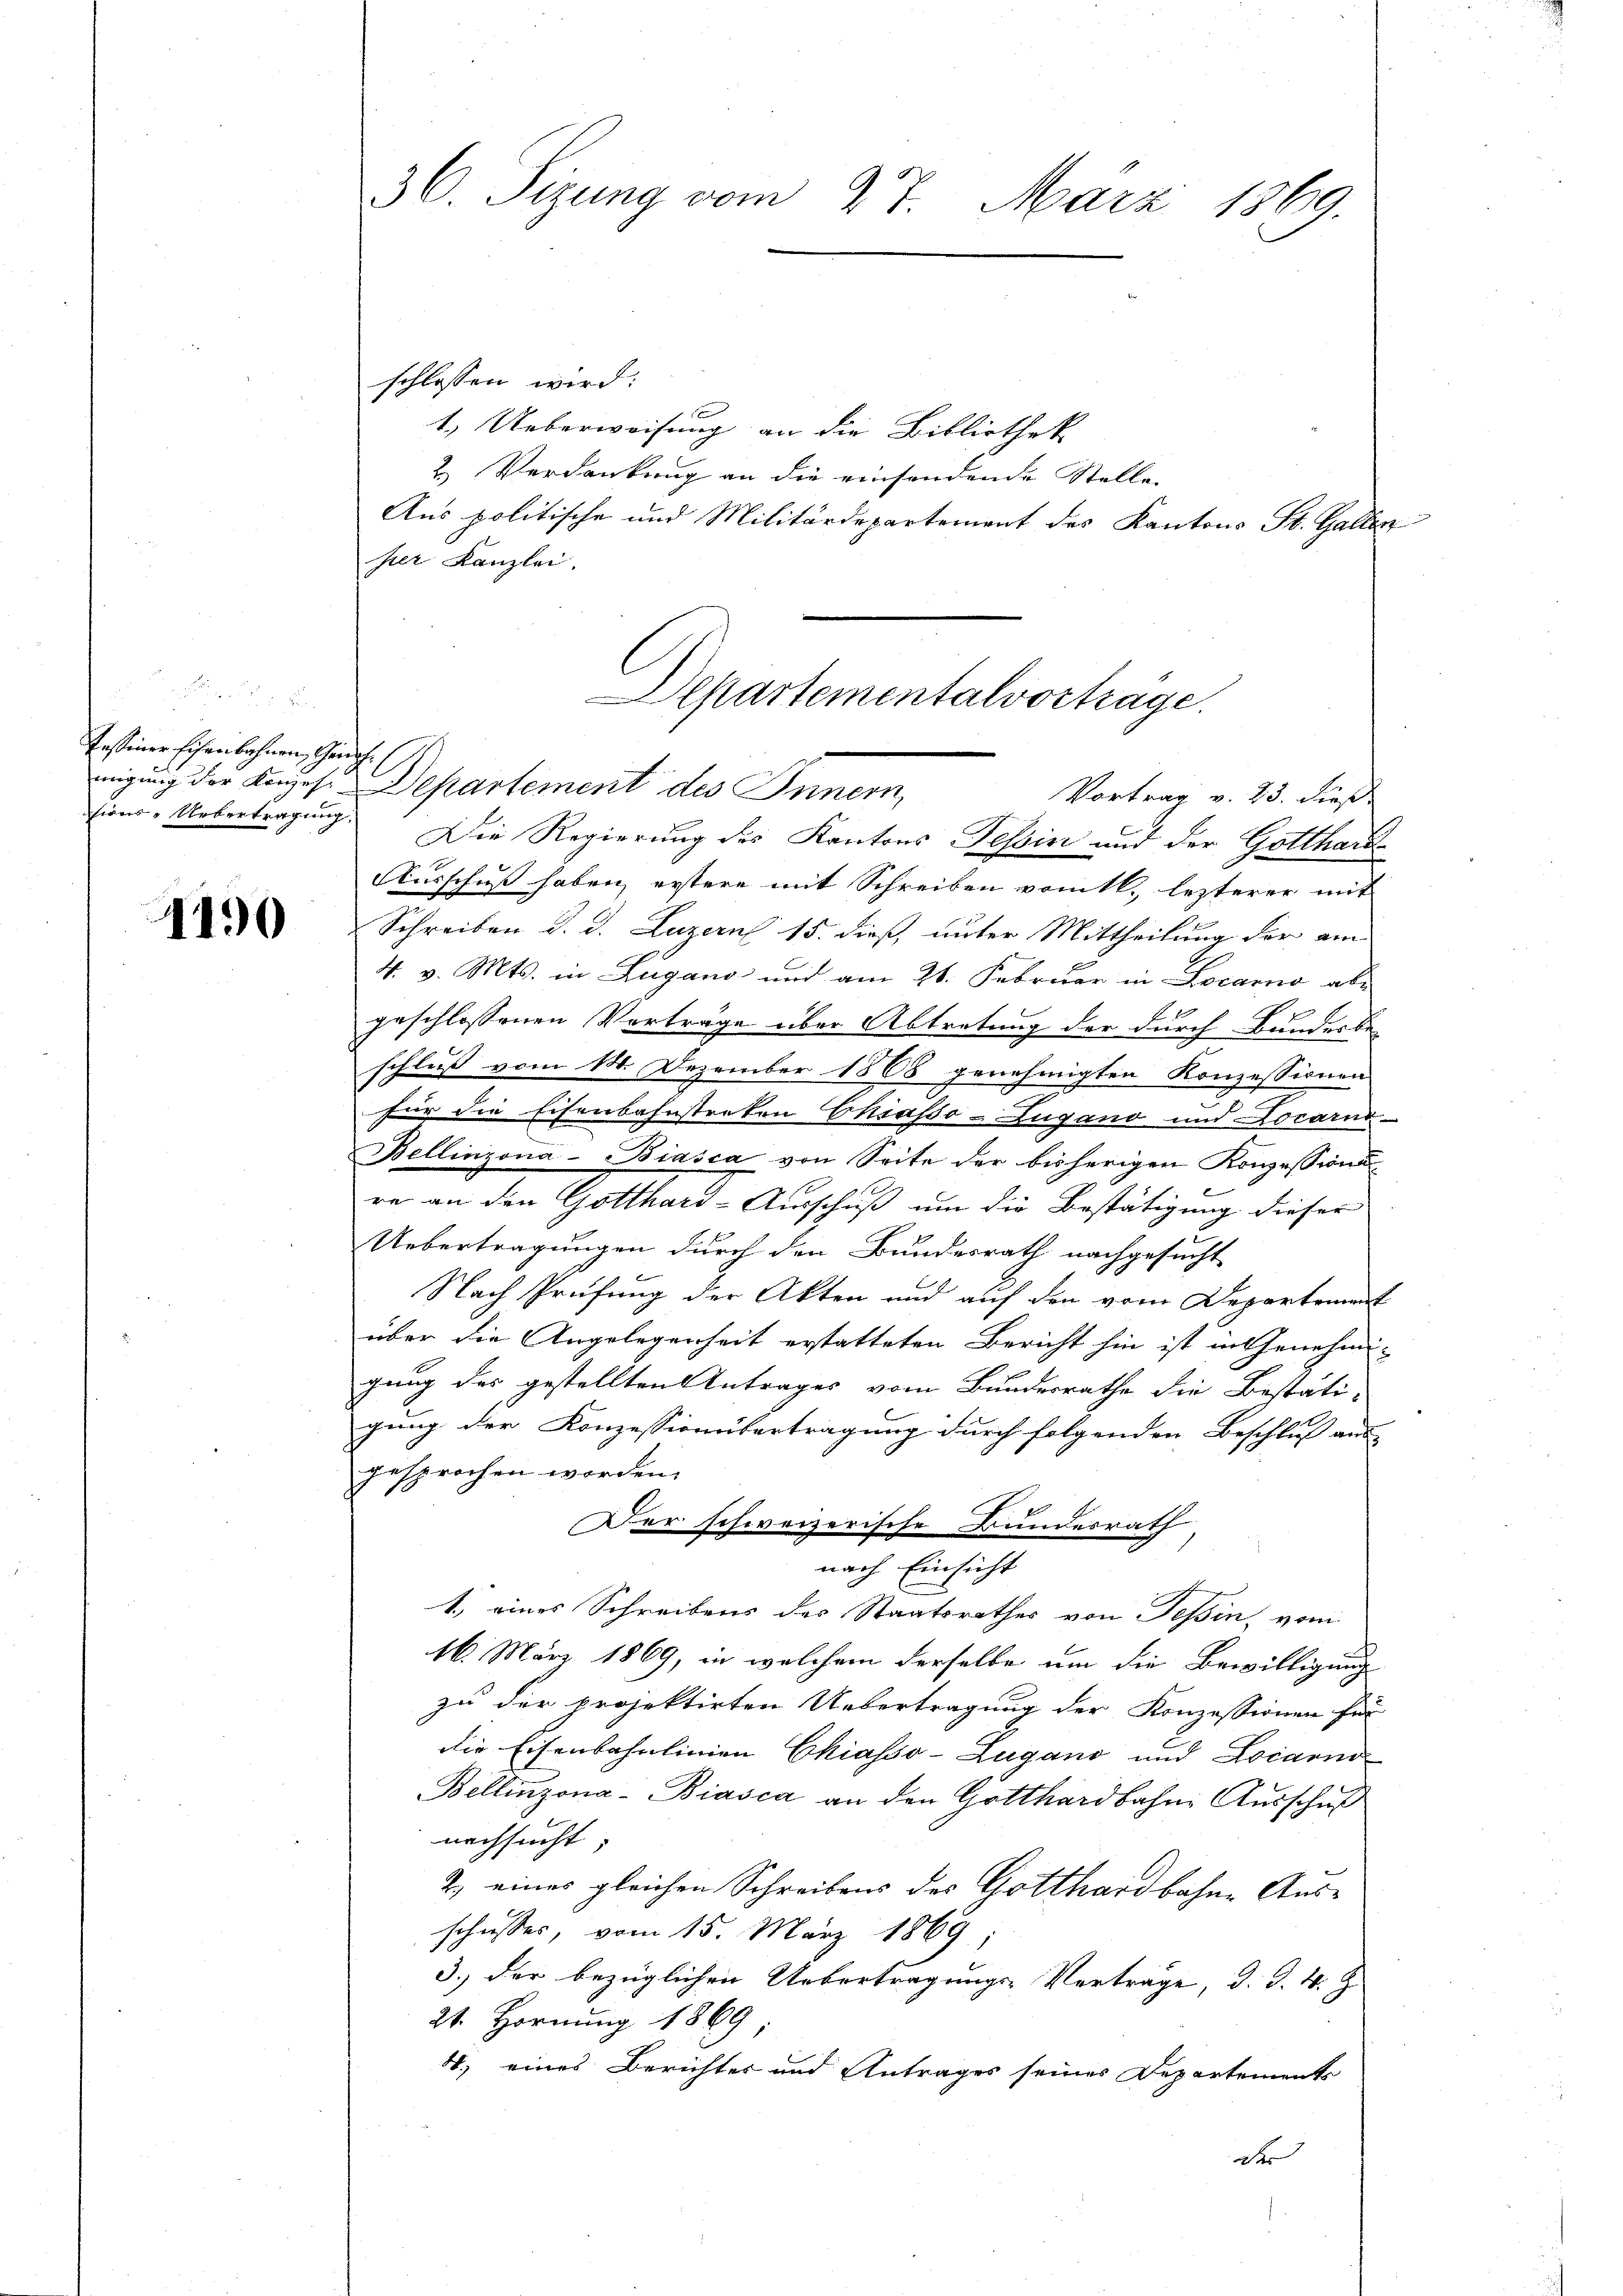
Tessiner Eisenbahnen, Gen
migung der Konzesi-
siens. Uebertragung

1190

36. Sizung vom 27. März 1869.

schlossen wird:
1.) Ueberweisung an die Bibliothek
2. Verdankung an die einsendende Stelle
Aus politische und Militärdepartement des Kantons St. Gallen
her Kanzlei.
c
Ausschuß haben, erstere mit Schreiben vom 16., lezterer mit
Schreiben d. d. Luzern 15. dieß, unter Mittheilung der am
4. v. Mts. in Zugano und am 21. Februar in Locarno abgeschlossenen Vorträge über Abtretung der durch Bundesbeschluß vom 14. Dezember 1868 genehmigten Konzessionen
für die Eisenbahnstreten Chiasso- Zugano und Locarno-
Bellinzona - Biasca von Seite der bisherigen Konzessions
re an den Gotthard-Ausschuß um die Bestätigung dieser
Uebertragungen durch den Bundesrath nachgesucht
Nach Prüfung der Akten und auf den vom Departement
über die Angelegenheit erstatteten Bericht hin ist in Genehmigung des gestellten Antrages vom Bundesrathe die Bestäti-
gung der Konzessionübertragung durch folgenden Beschluß aus
gesprochen worden.
Der schweizerische Bundesrath
nach Einsicht
1.) eines Schreibens des Staatsrathes von Tessin, vom
16. März 1869, in welchem derselbe um die Bewilligung
zu der projektirten Uebertragung der Konzessionen für
die Eisenbahnlinien Chiasso-Lugano und Locarno
Bellinzona - Biasca an den Gotthardbahne Ausschuß
nachsucht;
2.) eines gleichen Schreibens des Gotthardbahne Ausschusses, vom 15. März 1869
3.) Der bezüglichen Uebertragungs-Verträge, d. d. 4. Z.
21. Hornung 1869
4) eines Berichtes und Antrages seines Departements
de

Departementalvorträge.
Departement des Innern,
Vortrag v. 23. dieß
Die Regierung des Kantons Tessin und der Gotthard¬